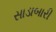
સાડાબારી